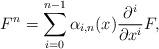
LaTeX: \begin{align*}F^{n}=\sum_{i=0}^{n-1}\alpha_{i,n}(x){\partial^{i}\over\partial x^{i}}F,\end{align*}